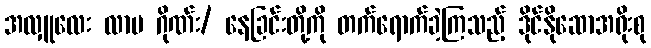
အလှူလေး လာပ ဂိုဏ်း/ နေခြင်းတို့ကို တက်ရောက်ခဲ့ကြသည့် ဒိုင်နိုဆောအရိုးစု